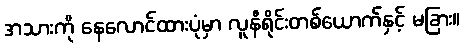
အသားကို နေလောင်ထားပုံမှာ လူနီရိုင်းတစ်ယောက်နှင့် မခြား။